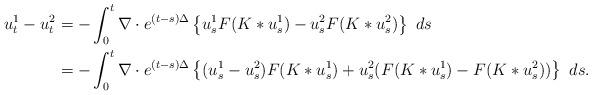
LaTeX: \begin{align*}u^1_t - u^2_t &= -\int_0^t \nabla \cdot e^{(t-s)\Delta } \left\{ u^1_s F( K\ast u^1_s) - u^2_s F(K\ast u^2_s ) \right\}~ds \\&= -\int_0^t \nabla \cdot e^{(t-s)\Delta } \left\{ (u^1_s-u^2_s)F( K\ast u^1_s ) +u^2_s (F(K\ast u^1_s) - F( K\ast u^2_s))\right\}~ds .\end{align*}